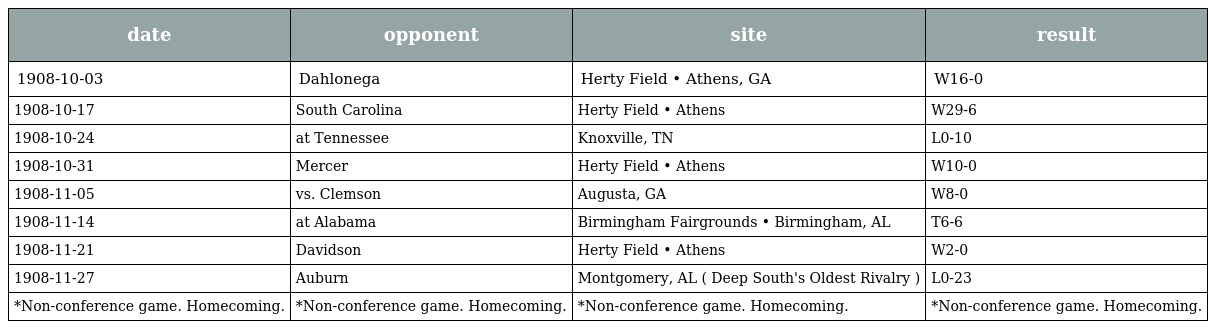
| date | opponent | site | result |
 | --- | --- | --- | --- |
 | 1908-10-03 | Dahlonega | Herty Field • Athens, GA | W16-0 |
 | 1908-10-17 | South Carolina | Herty Field • Athens | W29-6 |
 | 1908-10-24 | at Tennessee | Knoxville, TN | L0-10 |
 | 1908-10-31 | Mercer | Herty Field • Athens | W10-0 |
 | 1908-11-05 | vs. Clemson | Augusta, GA | W8-0 |
 | 1908-11-14 | at Alabama | Birmingham Fairgrounds • Birmingham, AL | T6-6 |
 | 1908-11-21 | Davidson | Herty Field • Athens | W2-0 |
 | 1908-11-27 | Auburn | Montgomery, AL ( Deep South's Oldest Rivalry ) | L0-23 |
 | *Non-conference game. Homecoming. | *Non-conference game. Homecoming. | *Non-conference game. Homecoming. | *Non-conference game. Homecoming. |